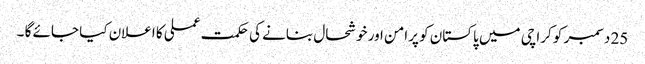
25 دسمبر کو کراچی میں پاکستان کو پرامن اور خوشحال بنانے کی حکمت عملی کا اعلان کیا جائے گا ۔